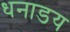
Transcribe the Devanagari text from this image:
धनाडय